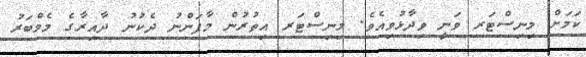
ކަމަށް މިނިސްޓަރ ވަނީ ވިދާޅުވިއެވެ. މިނިސްޓަރ އިތުރުން މާފަންނު ދެކުނު ދާއިރާގެ މެމްބަރު